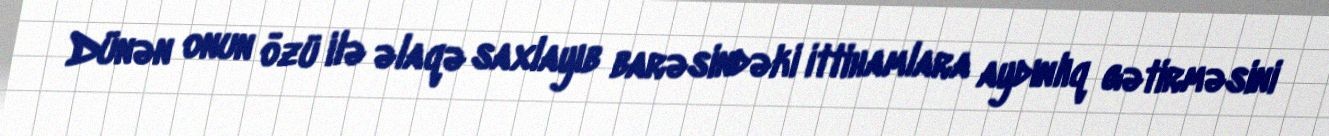
Dünən onun özü ilə əlaqə saxlayıb barəsindəki ittihamlara aydınlıq gətirməsini